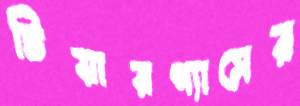
টিয়ারগ্যাসের